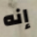
إنه